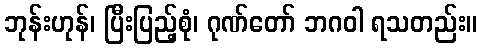
ဘုန်းဟုန်၊ ပြီးပြည့်စုံ၊ ဂုဏ်တော် ဘဂဝါ ရသတည်း။